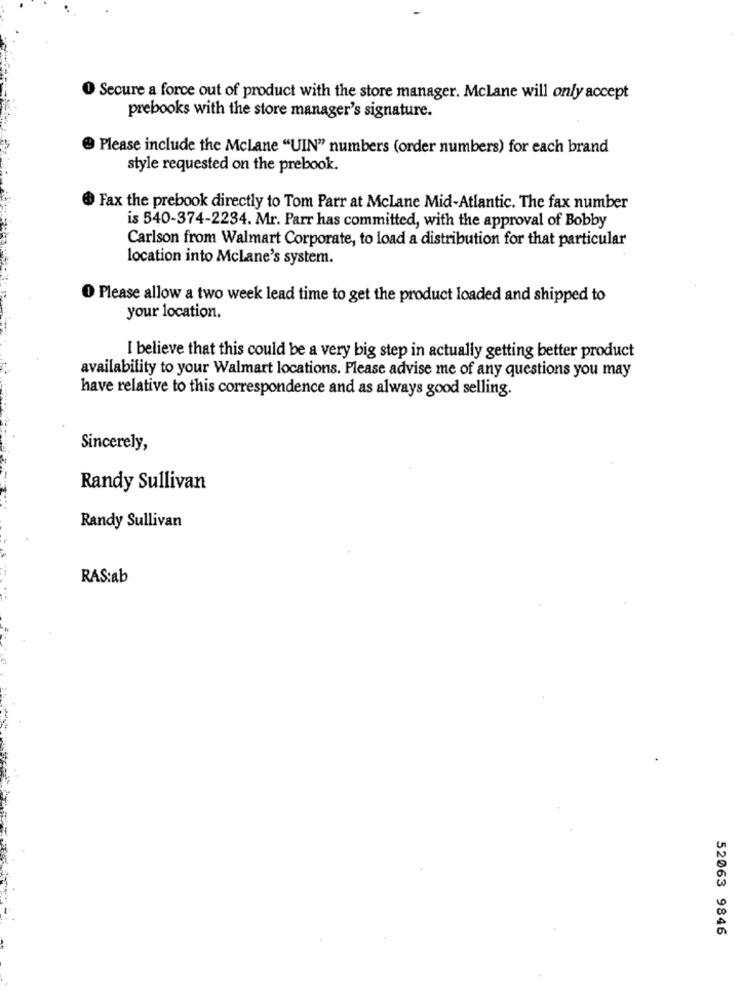
O Secure a force out of product with the store manager. Mclane will only accept
prebooks with the store manager's signature.
Please include the Mclane "UIN" numbers (order numbers) for each brand
style requested on the prebook.
Fax the prebook directly to Tom Parr at Mclane Mid-Atlantic. The fax number
is 540-374-2234. Mr. Parr has committed, with the approval of Bobby
Carlson from Walmart Corporate, to load a distribution for that particular
location into Mclane's system.
O Please allow a two week lead time to get the product loaded and shipped to
your location.
I believe that this could be a very big step in actually getting better product
availability to your Walmart locations. Please advise me of any questions you may
have relative to this correspondence and as always good selling.
Sincerely,
Randy Sullivan
Randy Sullivan
RAS:ab
52063 9846